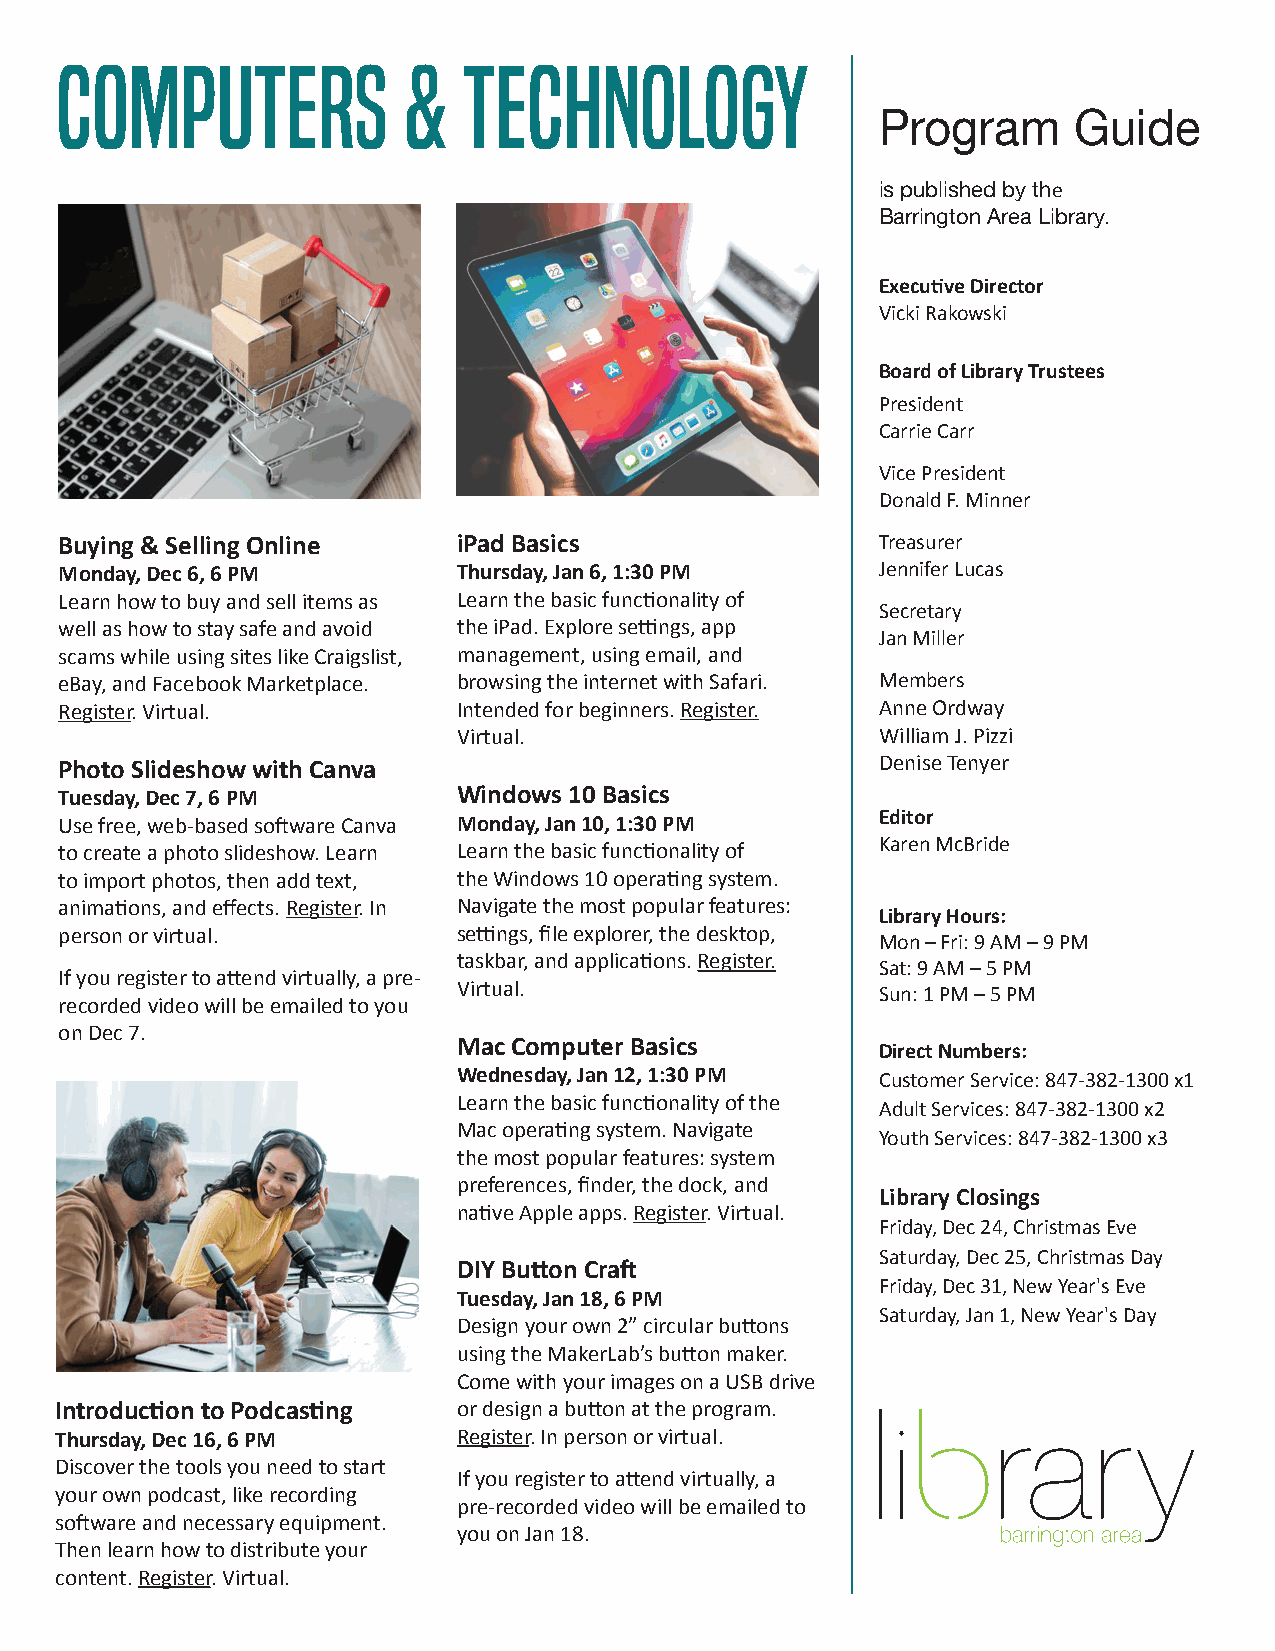
computers              &   technology
 Program      Guide
 is published by the
 Barrington Area Library.
 Executive Director
 Vicki Rakowski
 Board of Library Trustees
 President
 Carrie Carr
 Vice President
 Donald F. Minner
 Buying & Selling Online   iPad Basics                 Treasurer
 Monday, Dec 6, 6 PM       Thursday, Jan 6, 1:30 PM    Jennifer Lucas
 Learn how to buy and sell items as Learn the basic functionality of
 Secretary
 well as how to stay safe and avoid the iPad. Explore settings, app
 Jan Miller
 scams while using sites like Craigslist, management, using email, and
 eBay, and Facebook Marketplace. browsing the internet with Safari. Members
 Register. Virtual.        Intended for beginners. Register. Anne Ordway
 Virtual.                    William J. Pizzi
 Photo Slideshow with Canva                            Denise Tenyer
 Tuesday, Dec 7, 6 PM      Windows 10 Basics
 Use free, web-based software Canva Monday, Jan 10, 1:30 PM Editor
 to create a photo slideshow. Learn Learn the basic functionality of Karen McBride
 to import photos, then add text, the Windows 10 operating system.
 animations, and effects. Register. In Navigate the most popular features:
 Library Hours:
 person or virtual.        settings, file explorer, the desktop,
 Mon – Fri: 9 AM – 9 PM
 taskbar, and applications. Register.
 Sat: 9 AM – 5 PM
 If you register to attend virtually, a pre-
 Virtual.
 Sun: 1 PM – 5 PM
 recorded video will be emailed to you
 on Dec 7.
 Mac Computer Basics
 Direct Numbers:
 Wednesday, Jan 12, 1:30 PM  Customer Service: 847-382-1300 x1
 Learn the basic functionality of the
 Adult Services: 847-382-1300 x2
 Mac operating system. Navigate
 Youth Services: 847-382-1300 x3
 the most popular features: system
 preferences, finder, the dock, and
 Library Closings
 native Apple apps. Register. Virtual.
 Friday, Dec 24, Christmas Eve
 Saturday, Dec 25, Christmas Day
 DIY Button Craft
 Friday, Dec 31, New Year's Eve
 Tuesday, Jan 18, 6 PM
 Saturday, Jan 1, New Year's Day
 Design your own 2” circular buttons
 using the MakerLab’s button maker.
 Come with your images on a USB drive
 Introduction to Podcasting or design a button at the program.
 Thursday, Dec 16, 6 PM    Register. In person or virtual.
 Discover the tools you need to start
 If you register to attend virtually, a
 your own podcast, like recording
 pre-recorded video will be emailed to
 software and necessary equipment.
 you on Jan 18.
 Then learn how to distribute your
 content. Register. Virtual.